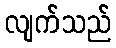
လျက်သည်